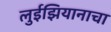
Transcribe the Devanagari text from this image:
लुईझियानाचा